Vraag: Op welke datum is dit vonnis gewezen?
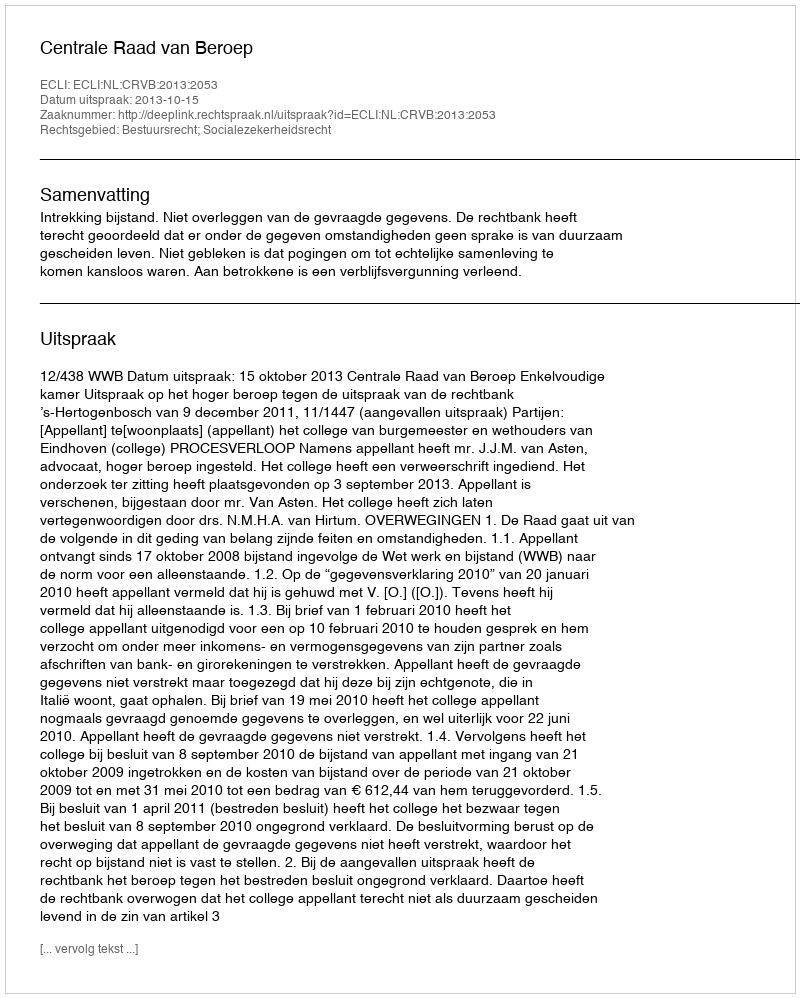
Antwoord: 2013-10-15